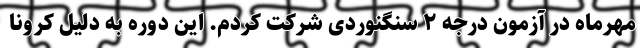
مهرماه در آزمون درجه ۲ سنگنوردی شرکت کردم. این دوره به دلیل کرونا